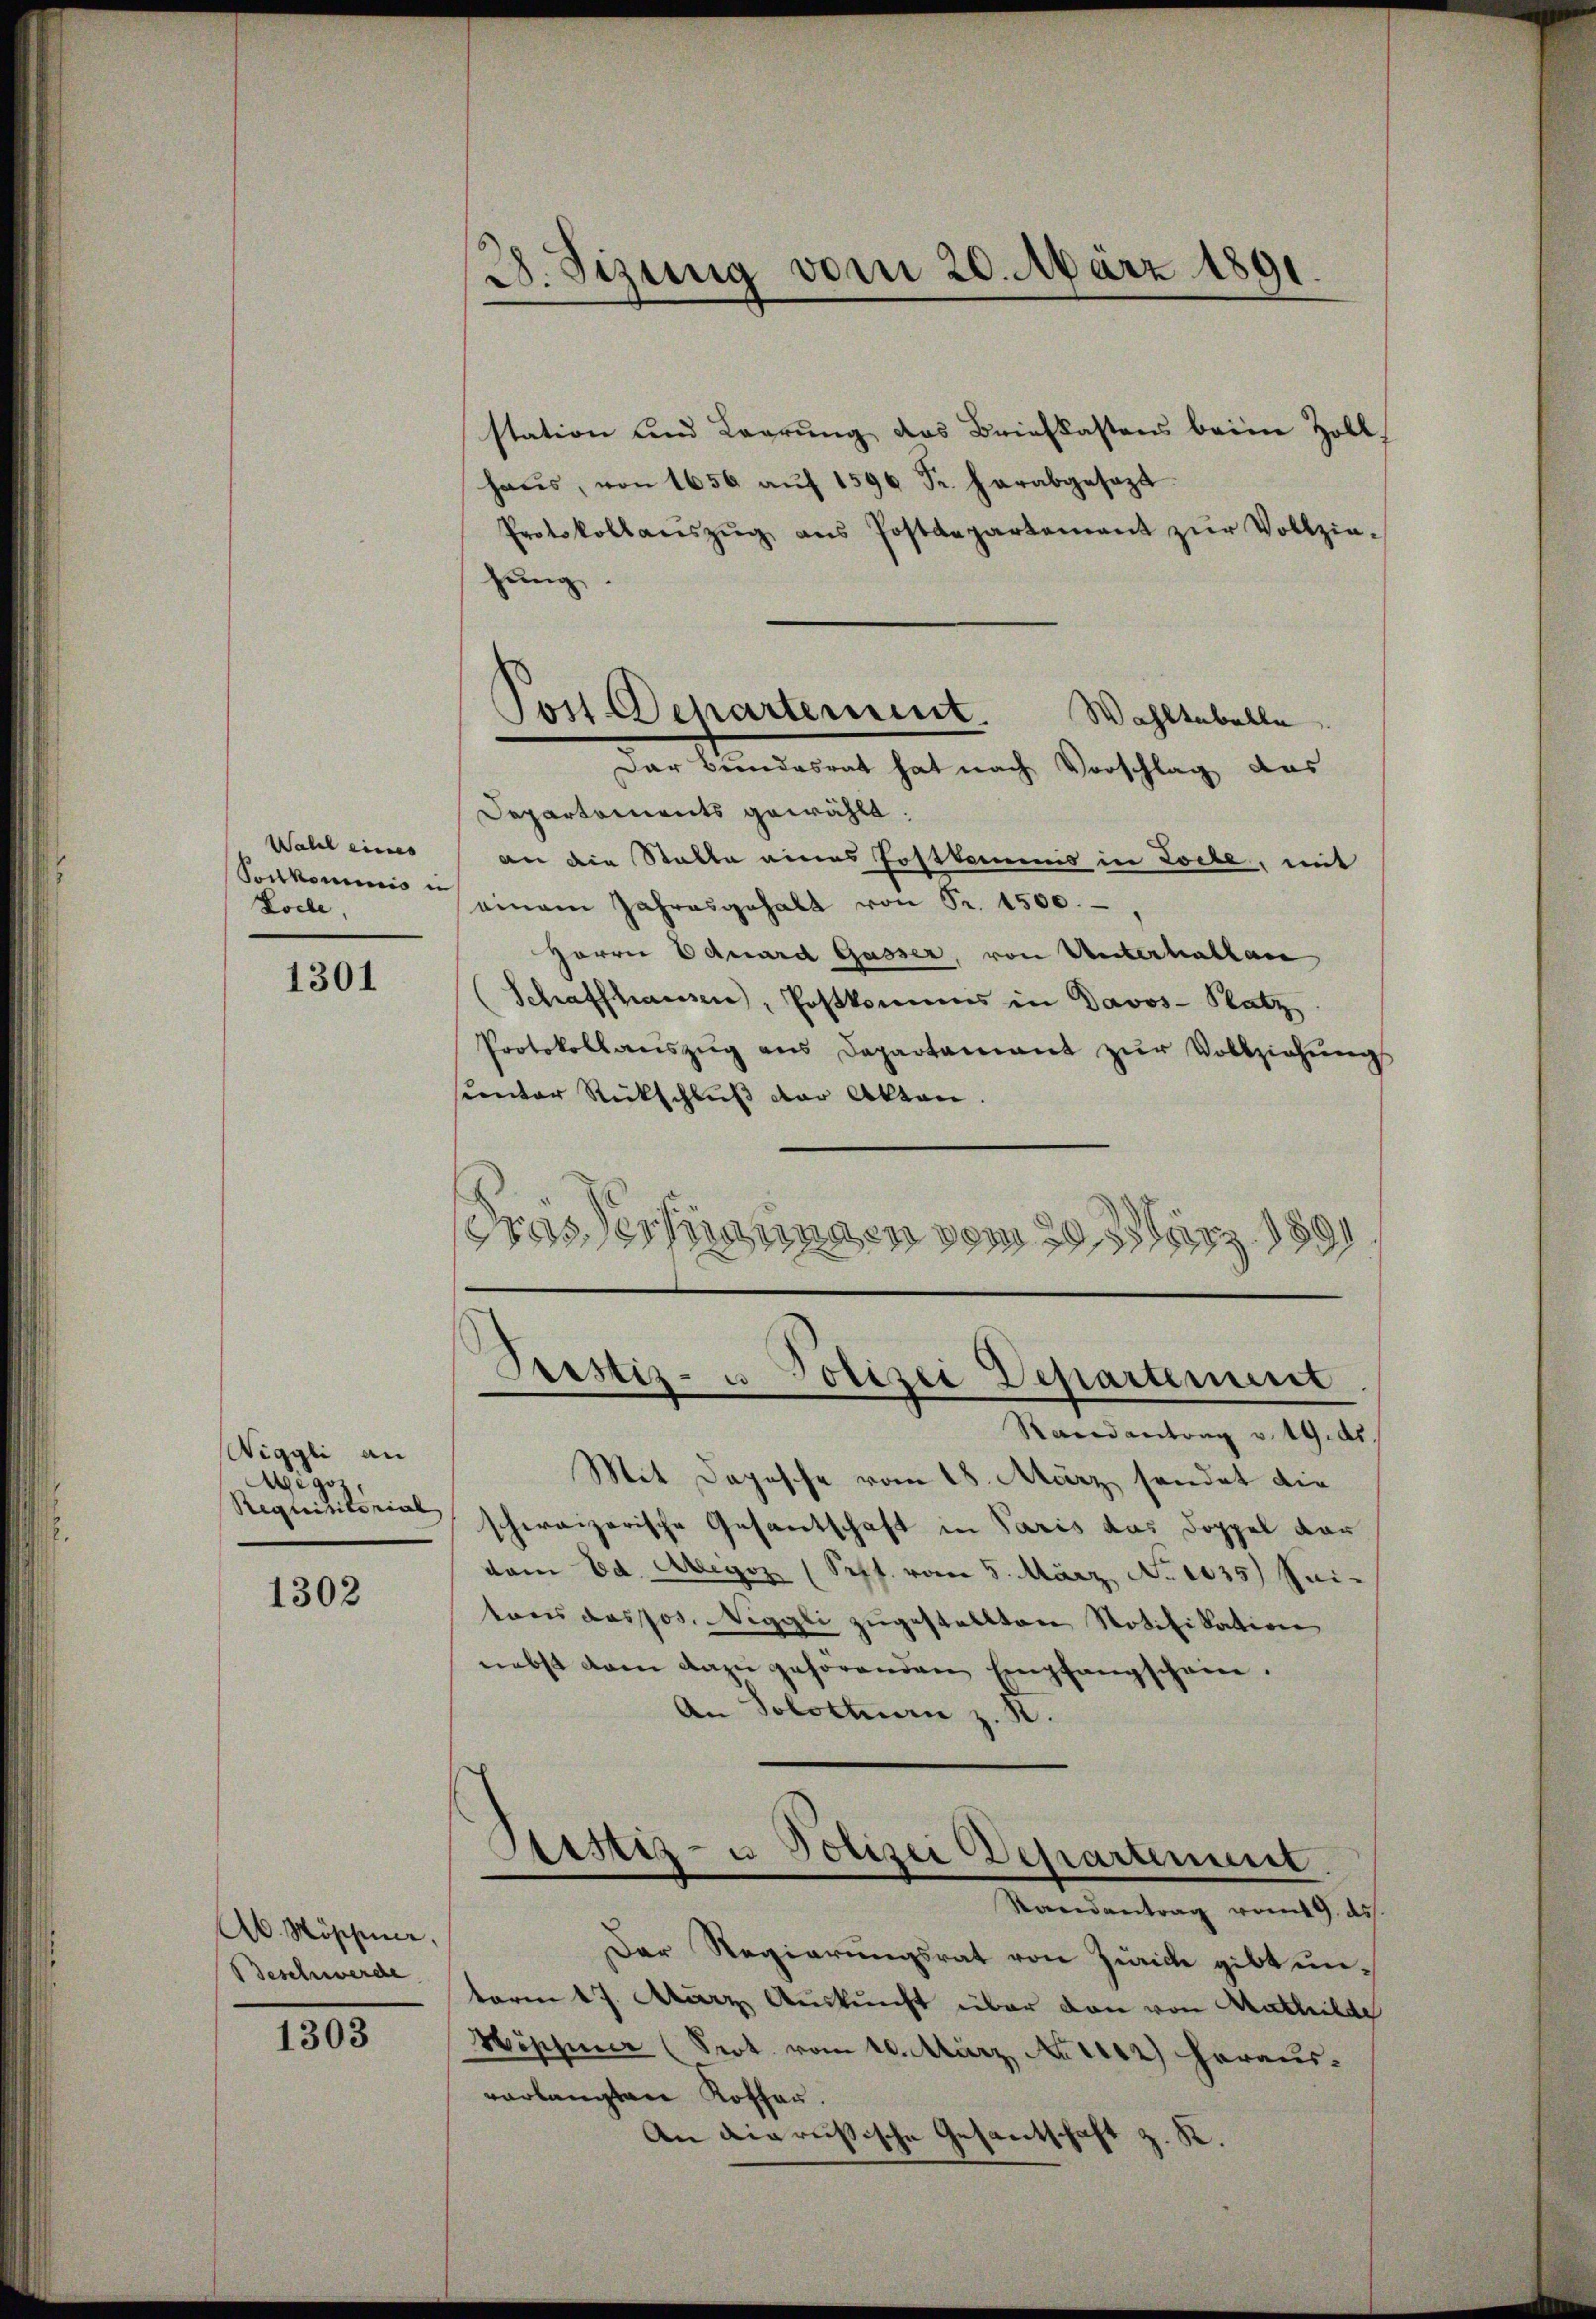
Wahel eines
Postkommnis un
Locle,

1301

Wiggli an
Ai Ho
Requisitorial,

1302

Ab. Möschen,
Beschwerde

1303

28. Sizung vom 20. März 1891

Post Departement.

station und Larrung des Briefkastens beim Zoll,
Haŭs, von 1656 aŭf 1596 Fr. herabgesezt
Protokollaŭszŭg ans Postdepartement zŭr Vollzie-
hung
Wahltabelle
Dar Bundesrat hat nach Vorschlag das
Departements gewählt.
an die Statte eines Postkommis in Loche, mit
einem Jahresgehalt von Fr. 1500.
Herrn Eduard Gasser, von Unterhalten
(Schaffhausen, Postkommis in Davos- Platz
Protokollanszŭg ans Departamant zŭr Vollziehŭng
cnter Rückschluß der Akten.
Frasserungen vom 29. 35. 1891

Pristiz- u. Polizei Departement
n

Randantrag v. 19. ds.
Mit Depesche vom 18. März sendet die
schweizerische Gesantschaft in Paris das Doppel dar
dem Ed. Megoz (Sepf. vom 5. März, No 1035.) Jai
tonis das Jos. Weggli zugestellten Notifikation
nebst dem dazu gehörenden Empfangschein.
An Solothurn z. R.

Sistiz- u Polizei Departement
Randantrag vom 19. ds.

Der Regierungsrat von Zürich gibt unterm 17. März Auskunft über den von Mathilde
Hippner (Prot. vom 10. März, No 1442) herausverlangten Koffen.
An die russische Gesantschaft z. K.